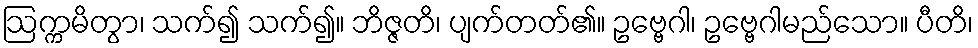
ဩက္ကမိတွာ၊ သက်၍ သက်၍။ ဘိဇ္ဇတိ၊ ပျက်တတ်၏။ ဥဗ္ဗေဂါ၊ ဥဗ္ဗေဂါမည်သော။ ပီတိ၊